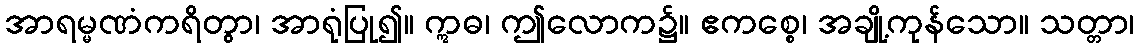
အာရမ္မဏံကရိတွာ၊ အာရုံပြု၍။ ဣဓ၊ ဤလောက၌။ ဧကစ္စေ၊ အချို့ကုန်သော။ သတ္တာ၊